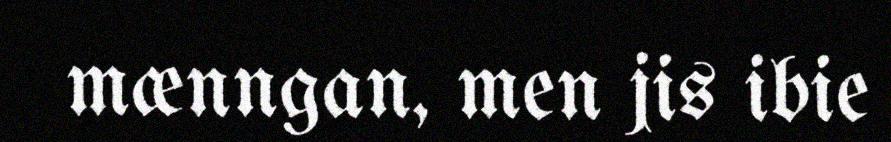
mænngan, men jis ibie